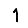
Digit: 1